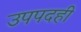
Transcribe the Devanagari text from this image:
उपपदही